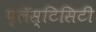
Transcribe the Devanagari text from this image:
प्लॅस्टिसिटी